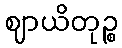
ဈာယိတုဉ္စ